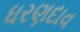
ધરણદાવ